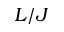
L / J